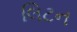
લિટન